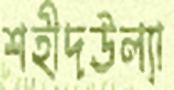
শহীদউল্যা